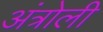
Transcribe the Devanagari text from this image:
अंत्रोली